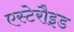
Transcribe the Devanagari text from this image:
एस्टेरौइड